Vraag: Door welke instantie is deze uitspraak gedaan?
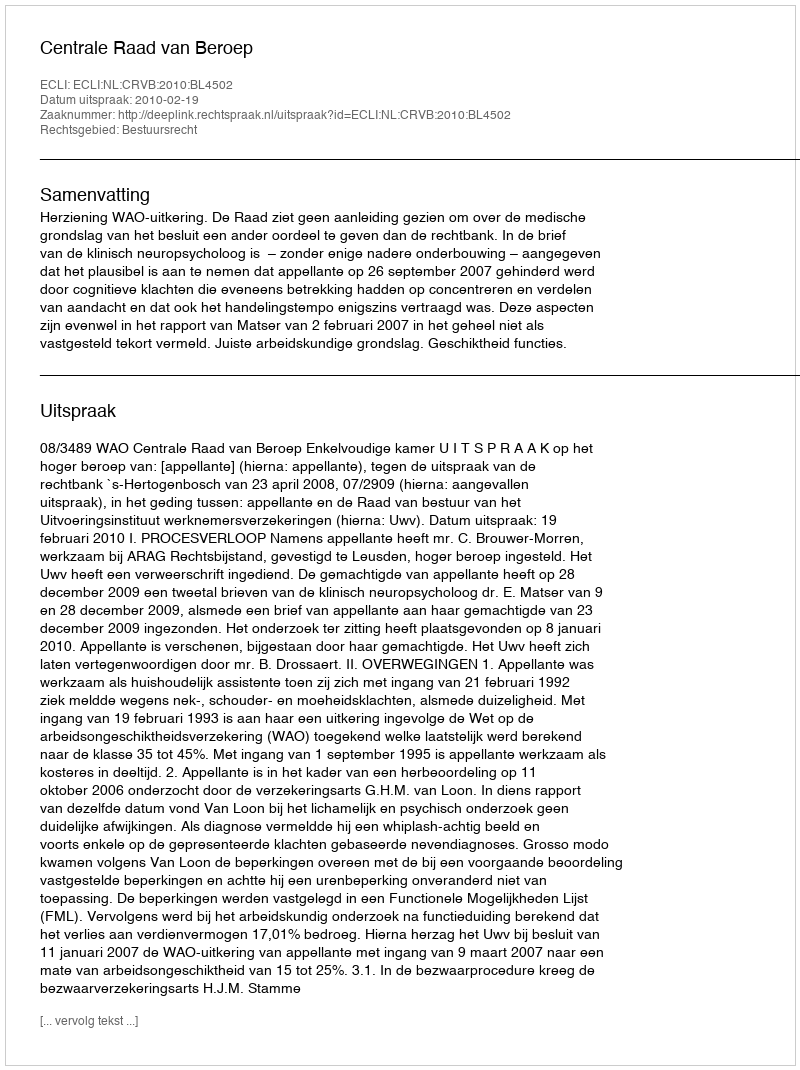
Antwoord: Centrale Raad van Beroep